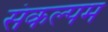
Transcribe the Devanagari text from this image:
संकल्पम